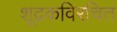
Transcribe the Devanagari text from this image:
शूद्रकविरचित